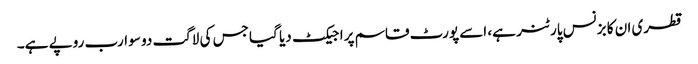
قطری ان کا بزنس پارٹنر ہے، اسے پورٹ قاسم پراجیکٹ دیا گیا جس کی لاگت دو سو ارب روپے ہے۔